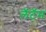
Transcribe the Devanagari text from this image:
लॅटॅम